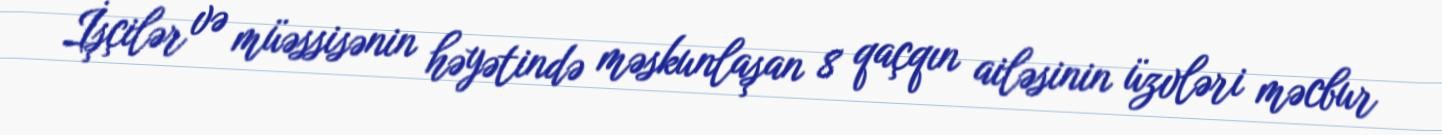
İşçilər və müəssisənin həyətində məskunlaşan 8 qaçqın ailəsinin üzvləri məcbur